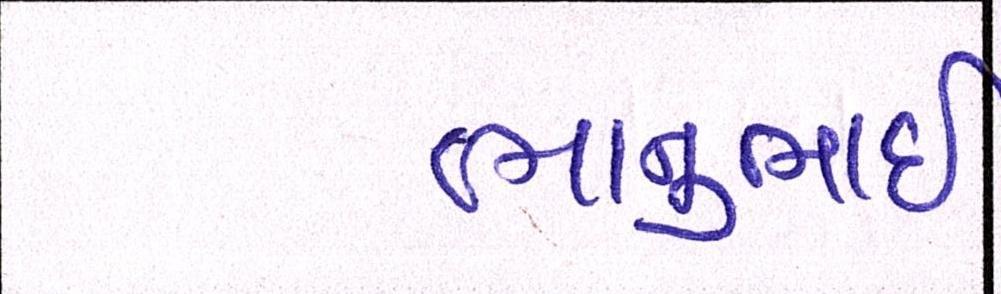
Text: ભાનુભાઈ